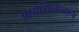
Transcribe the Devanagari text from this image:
प्रायश्चित्तस्वरूप